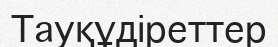
Тауқұдіреттер